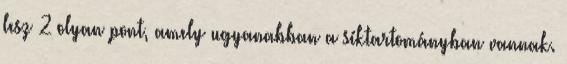
lesz 2 olyan pont, amely ugyanabban a síktartományban vannak.